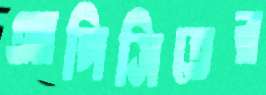
আপিসিতের